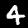
Digit: 4